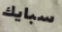
سبايك